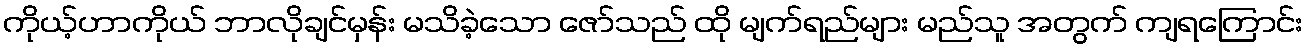
ကိုယ့်ဟာကိုယ် ဘာလိုချင်မှန်း မသိခဲ့သော ဇော်သည် ထို မျက်ရည်များ မည်သူ အတွက် ကျရကြောင်း